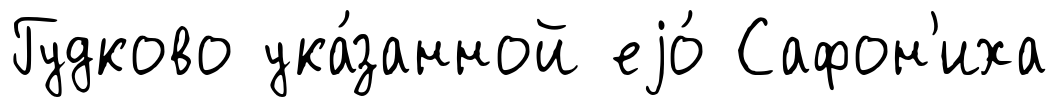
Гудково ука́занной еjо́ Сафон'иха